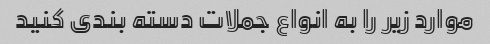
موارد زیر را به انواع جملات دسته بندی کنید